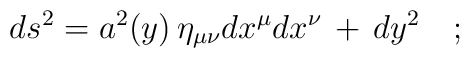
ds^2 = a^2(y) \, \eta_{\mu \nu} dx^\mu dx^\nu \, + \, dy^2  \quad ;